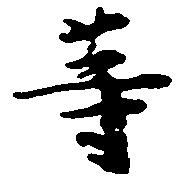
等